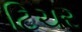
ટિચર